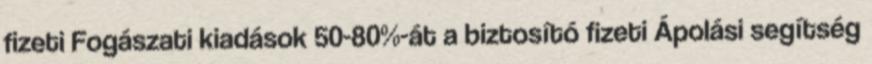
fizeti Fogászati kiadások 50-80%-át a biztosító fizeti Ápolási segítség